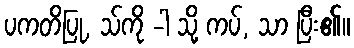
ပကတိပြု, သ်ကို -ါ သို့ ကပ်, သာ ပြီး၏။